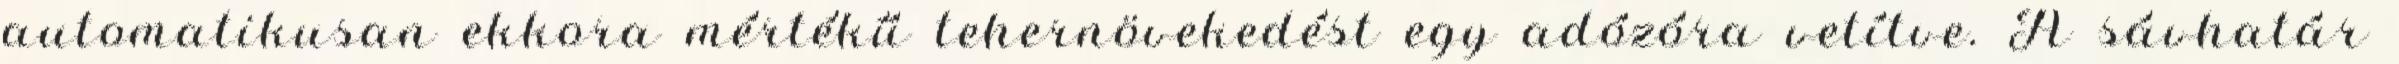
automatikusan ekkora mértékű tehernövekedést egy adózóra vetítve. A sávhatár